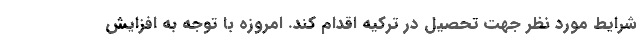
شرایط مورد نظر جهت تحصیل در ترکیه اقدام کند. امروزه با توجه به افزایش